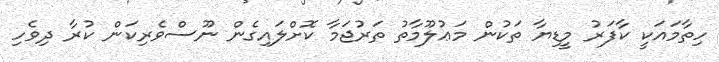
ހިތާމައަކީ ކާފަރު މީޑިޔާ ތަކުން މަޢުލޫމާތު ތަރުޖަމާ ކޮށްލައިގެން ނޫސްވެރިކަން ކުރާ ދިވެހި